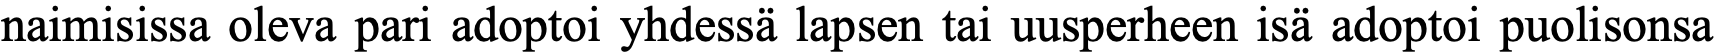
naimisissa oleva pari adoptoi yhdessä lapsen tai uusperheen isä adoptoi puolisonsa